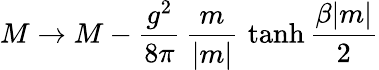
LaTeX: M\rightarrow M-{\frac{g^{2}}{8\pi}}\, {\frac{m}{|m|}}\, \operatorname{tanh}{\frac{\beta|m|}{2}}